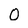
Character: 0